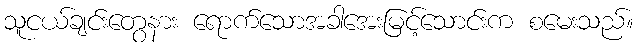
သူငယ်ချင်းတွေနား ရောက်သောအခါအေးမြင့်သောင်းက စမေးသည်။